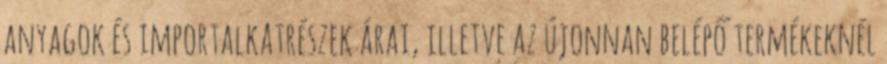
anyagok és importalkatrészek árai, illetve az újonnan belépő termékeknél